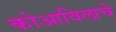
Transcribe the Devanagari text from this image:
कोआविलाचे